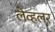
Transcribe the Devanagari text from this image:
लेव्हलर